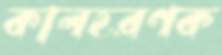
কালহরণক